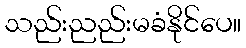
သည်းညည်းမခံနိုင်ပေ။